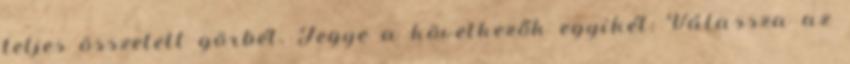
teljes összetett görbét. Tegye a következők egyikét: Válassza az